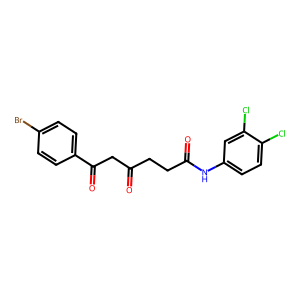
SMILES: O=C(CCC(=O)Nc1ccc(Cl)c(Cl)c1)CC(=O)c1ccc(Br)cc1
Inhibits HIV replication: No